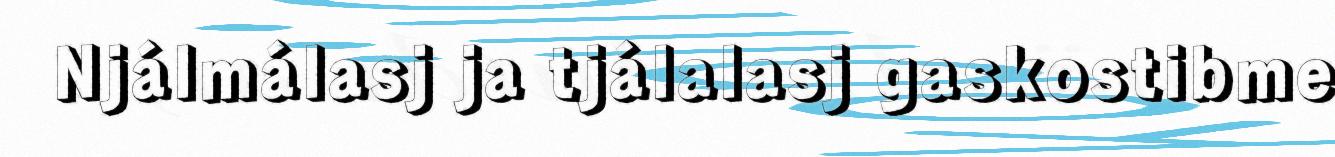
Njálmálasj ja tjálalasj gaskostibme